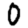
Digit: 0